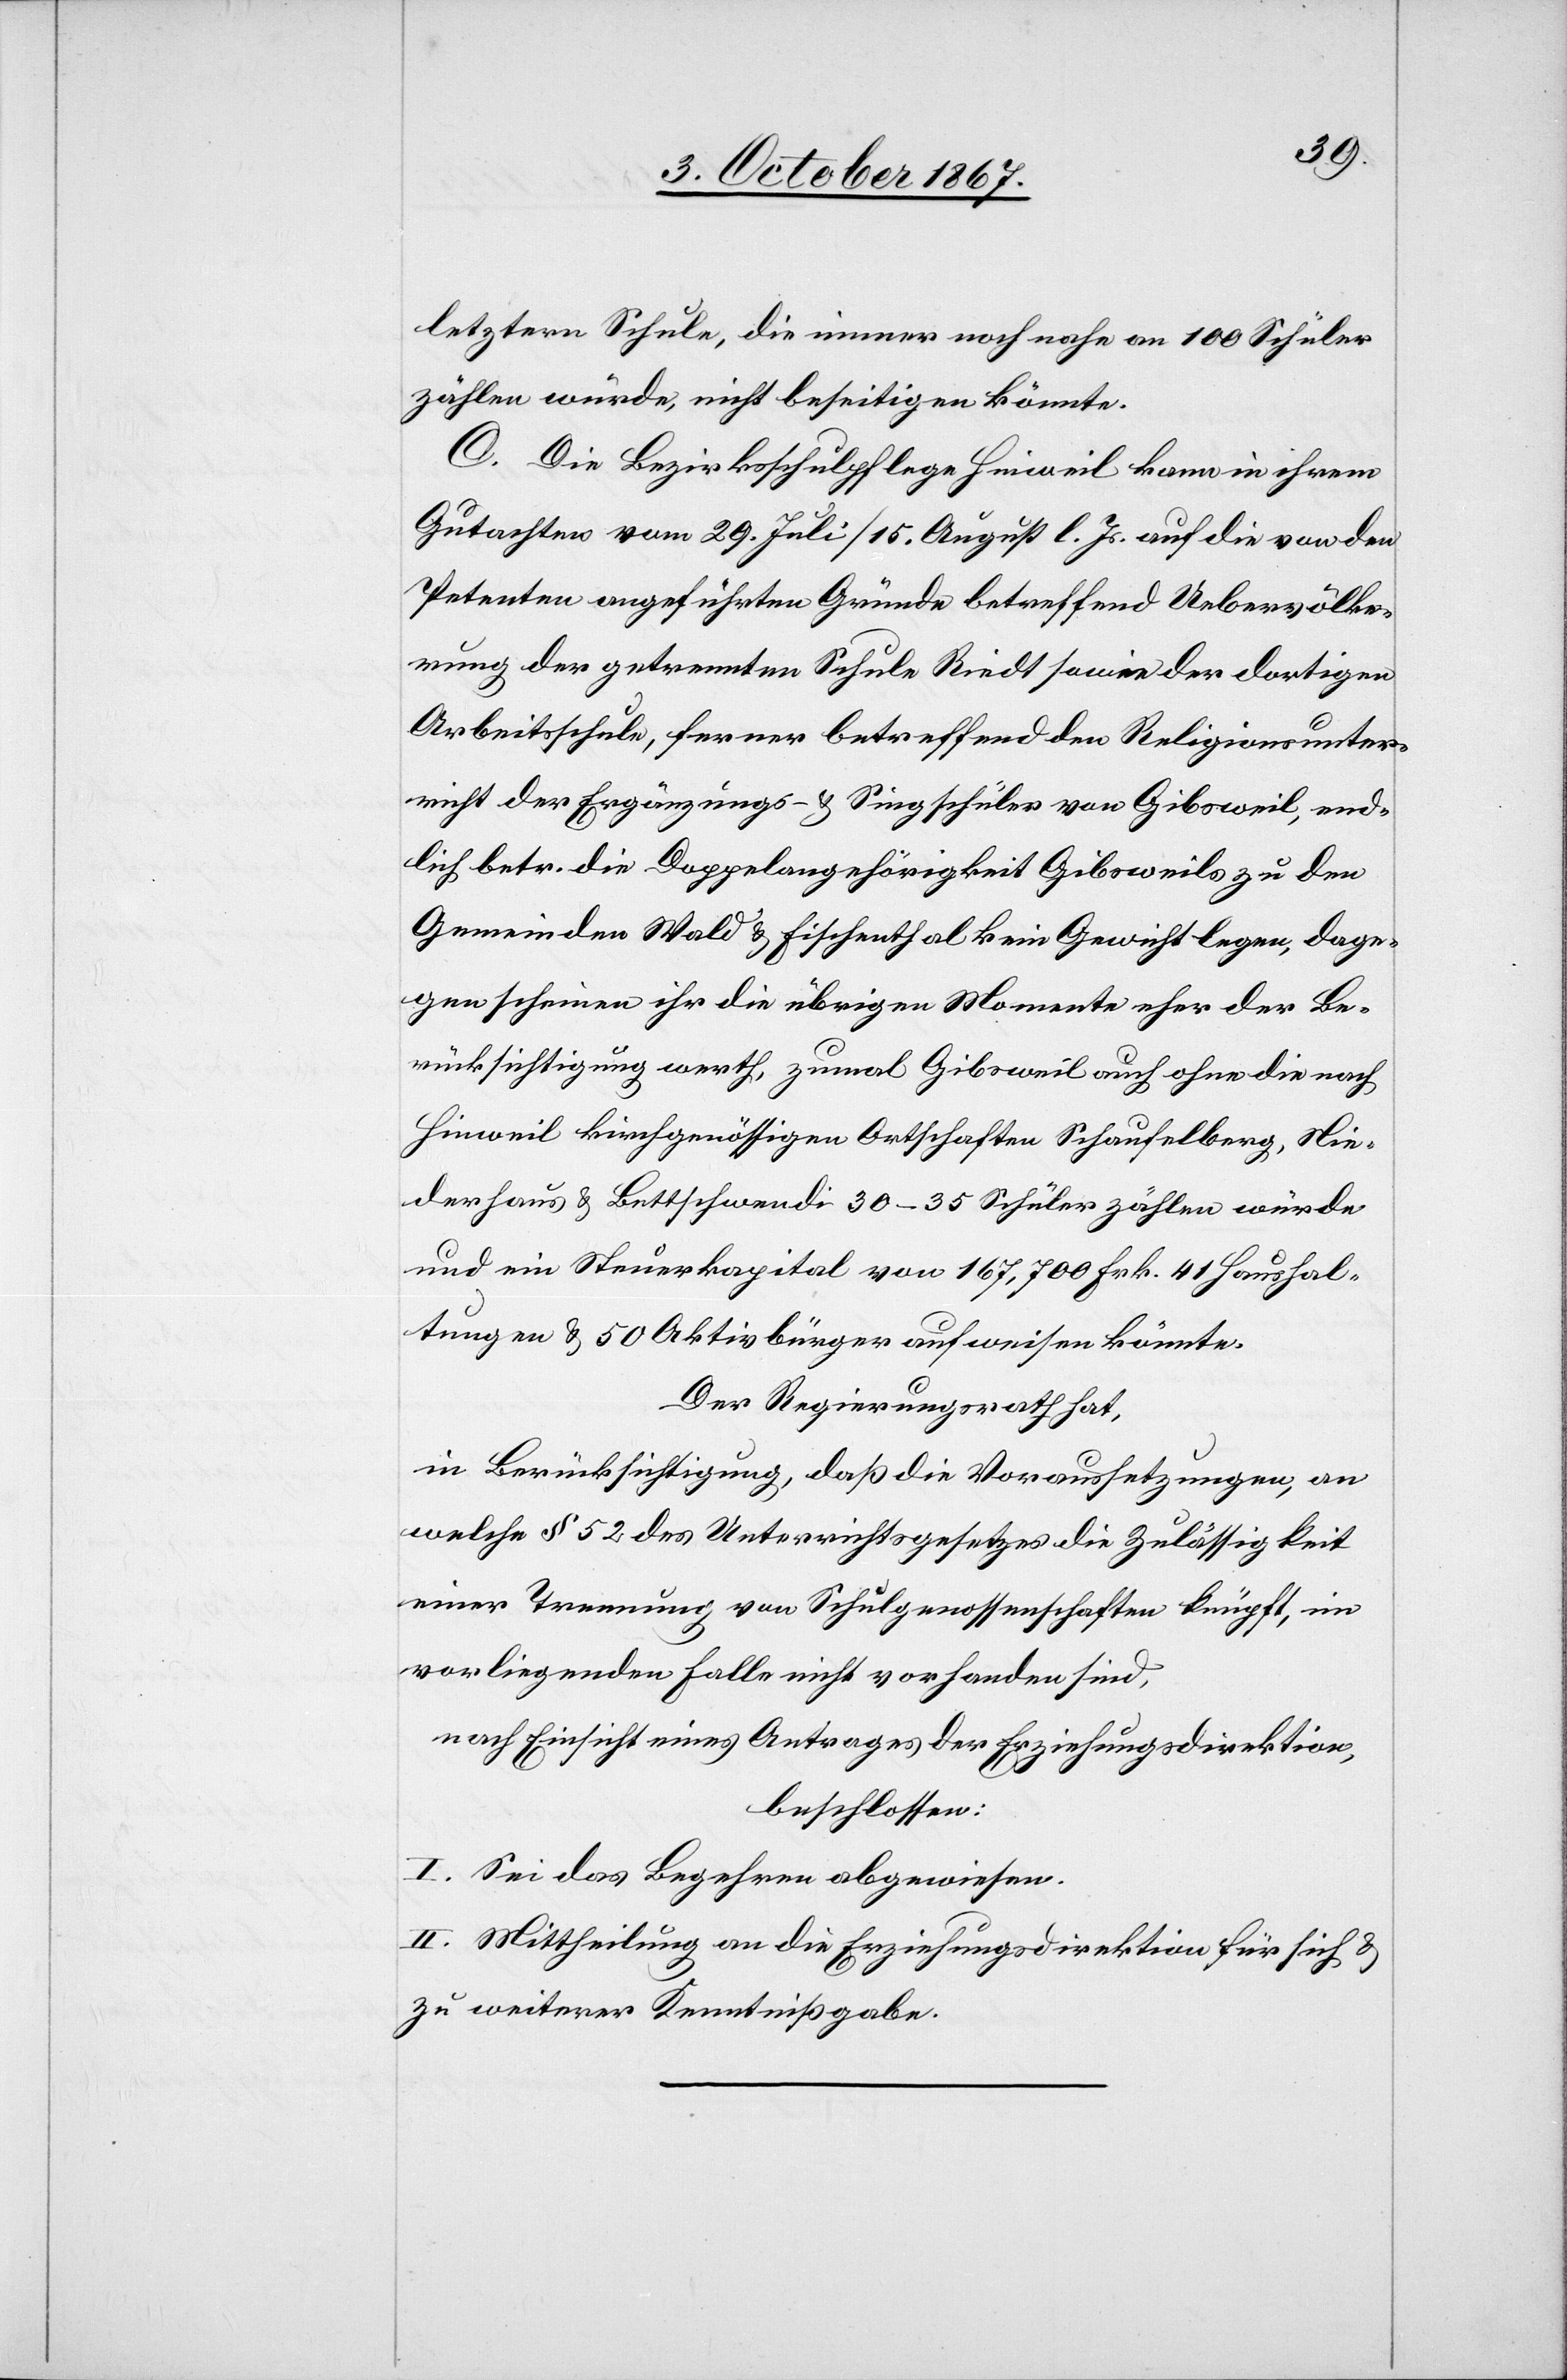
letztern Schule, die immer noch nahe an 100 Schüler
zählen würde, nicht beseitigen könnte.
C. Die Bezirksschulpflege Hinweil kann in ihrem
Gutachten von 29. Juli/15. August l. Js. auf die von den
Petenten angeführten Gründe betreffend Ueberbevölke¬
rung der getrennten Schule Riedt sowie der dortigen
Arbeitsschule, ferner betreffend den Religionsunter¬
richt der Ergänzungs- u. Singschüler von Gibsweil, end¬
lich betr. die Doppelangehörigkeit kein Gewicht legen, dage¬
gen scheinen ihr die übrigen Momente eher der Be¬
rücksichtigung werth, zumal Gibsweil auch ohne die nach
Hinweil kirchgenössigen Ortschaften Schaufelberg, Nie¬
derhaus u. Bethschwendi 30–35 Schüler zählen würde
und ein Steuerkapital von 167 700 Frk. 41 Haushal¬
tungen u. 50 Aktivbürger aufweisen könnte.
Der Regierungsrath hat,
in Berücksichtigung, daß die Voraussetzungen, an
welche § 52 des Unterrichtsgesetzes die Zulässigkeit
einer Trennung von Schulgenossenschaften knüpft, im
vorliegenden Falle nicht vorhanden sind,
nach Einsicht eines Antrages der Erziehungsdirektion,
beschlossen:
I. Sei das Begehren abgewiesen.
II. Mittheilung an die Erziehungsdirektion für sich u.
zu weiterer Kenntnißgabe.